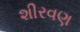
શીરવણ